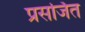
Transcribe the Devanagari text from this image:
प्रसर्जित